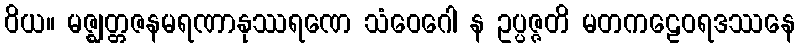
ဝိယ။ မဇ္ဈတ္တဇနမရဏာနုဿရဏေ သံဝေဂေါ န ဥပ္ပဇ္ဇတိ မတကဠေဝရဒဿနေ